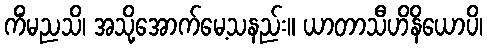
ကိံမညသိ၊ အသို့အောက်မေ့သနည်း။ ယာတာသီဟိနိယောပိ၊